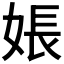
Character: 𪥽